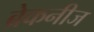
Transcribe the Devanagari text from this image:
ब्रेकनीज